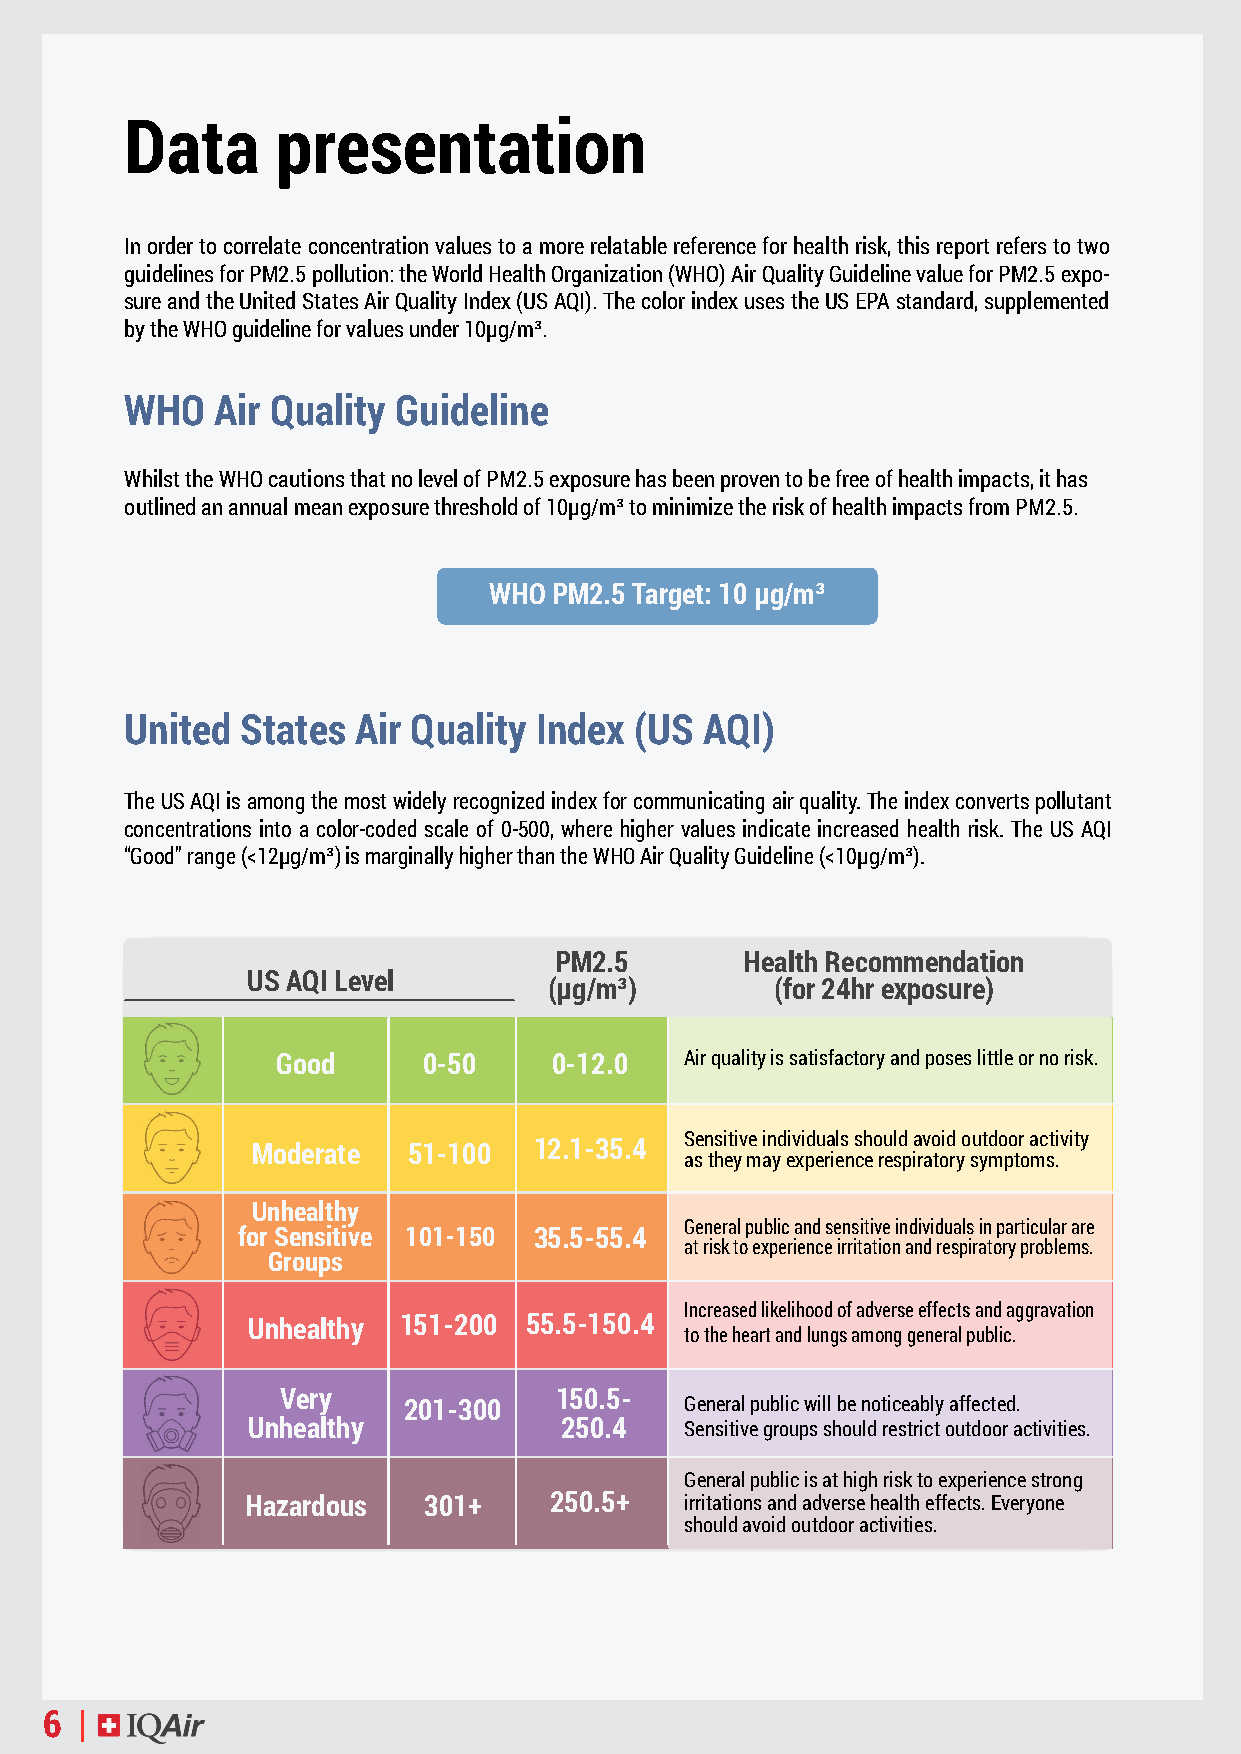
Data      presentation
 In order to correlate concentration values to a more relatable reference for health risk, this report refers to two
 guidelines for PM2.5 pollution: the World Health Organization (WHO) Air Quality Guideline value for PM2.5 expo-
 sure and the United States Air Quality Index (US AQI). The color index uses the US EPA standard, supplemented
 by the WHO guideline for values under 10µg/m³.
 WHO   Air Quality Guideline
 Whilst the WHO cautions that no level of PM2.5 exposure has been proven to be free of health impacts, it has
 outlined an annual mean exposure threshold of 10µg/m³ to minimize the risk of health impacts from PM2.5.
 WHO  PM2.5 Target: 10 µg/m³
 United  States Air Quality Index  (US  AQI)
 The US AQI is among the most widely recognized index for communicating air quality. The index converts pollutant
 concentrations into a color-coded scale of 0-500, where higher values indicate increased health risk. The US AQI
 “Good” range (<12µg/m³) is marginally higher than the WHO Air Quality Guideline (<10µg/m³).
 PM2.5       Health Recommendation
 US AQI Level
 (μg/m³)        (for 24hr exposure)
 Good      0-50     0-12.0  Air quality is satisfactory and poses little or no risk.
 Sensitive individuals should avoid outdoor activity
 Moderate  51-100  12.1-35.4
 as they may experience respiratory symptoms.
 Unhealthy
 General public and sensitive individuals in particular are
 for Sensitive 101-150 35.5-55.4
 at risk to experience irritation and respiratory problems.
 Groups
 Increased likelihood of adverse effects and aggravation
 Unhealthy 151-200  55.5-150.4
 to the heart and lungs among general public.
 Very              150.5-
 201-300           General public will be noticeably affected.
 Unhealthy            250.4   Sensitive groups should restrict outdoor activities.
 General public is at high risk to experience strong
 Hazardous   301+    250.5+   irritations and adverse health effects. Everyone
 should avoid outdoor activities.
 6 |